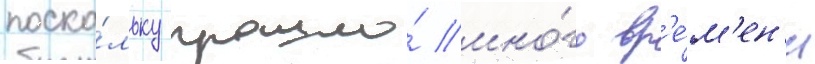
поско́льку прошло́ мно́го вр'е́м'ен'и